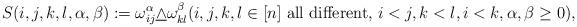
LaTeX: \begin{align*}S(i,j,k,l,\alpha,\beta):=\omega_{ij}^\alpha\underline\wedge\omega_{kl}^\beta (i,j,k,l\in[n]\mathrm{\ all\ different,\ }i<j,k<l,i<k,\alpha,\beta\geq 0), \end{align*}